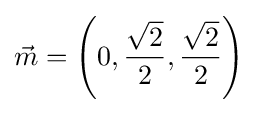
{\vec {m}}=\left(0,{\frac {\sqrt {2}}{2}},{\frac {\sqrt {2}}{2}}\right)